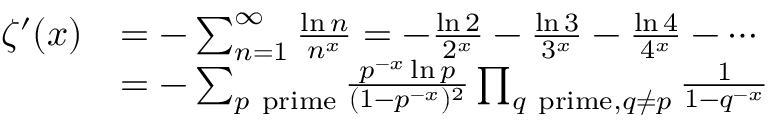
{ \begin{array} { r l } { \zeta ^ { \prime } ( x ) } & { = - \sum _ { n = 1 } ^ { \infty } { \frac { \ln n } { n ^ { x } } } = - { \frac { \ln 2 } { 2 ^ { x } } } - { \frac { \ln 3 } { 3 ^ { x } } } - { \frac { \ln 4 } { 4 ^ { x } } } - \cdots } \\ & { = - \sum _ { p { \mathrm { ~ p r i m e } } } { \frac { p ^ { - x } \ln p } { ( 1 - p ^ { - x } ) ^ { 2 } } } \prod _ { q { \mathrm { ~ p r i m e } } , q \neq p } { \frac { 1 } { 1 - q ^ { - x } } } } \end{array} }